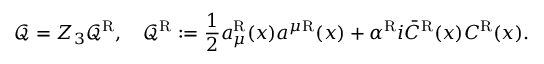
\mathcal { Q } = Z _ { 3 } \mathcal { Q } ^ { \mathrm { R } } , \quad \mathcal { Q } ^ { \mathrm { R } } : = { \frac { 1 } { 2 } } a _ { \mu } ^ { \mathrm { R } } ( x ) a ^ { \mu } { } ^ { \mathrm { R } } ( x ) + \alpha ^ { \mathrm { R } } i \bar { C } ^ { \mathrm { R } } ( x ) C ^ { \mathrm { R } } ( x ) .